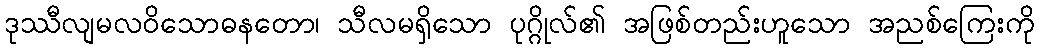
ဒုဿီလျမလဝိသောဓနတော၊ သီလမရှိသော ပုဂ္ဂိုလ်၏ အဖြစ်တည်းဟူသော အညစ်ကြေးကို